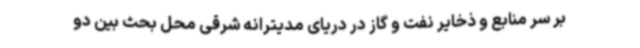
بر سر منابع و ذخایر نفت و گاز در دریای مدیترانه شرقی محل بحث بین دو